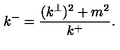
k ^ { - } = \frac { ( k ^ { \perp } ) ^ { 2 } + m ^ { 2 } } { k ^ { + } } .